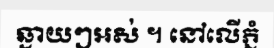
ឆ្ងាយៗអស់ ។ នៅលើភ្នំ